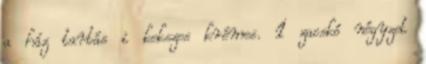
a ház tartás i kekszes krémes. 1 zacskó négyzet